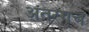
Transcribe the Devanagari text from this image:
अंतरंगच